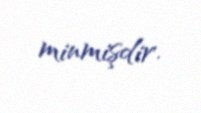
minmişdir.